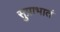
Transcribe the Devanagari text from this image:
सुप्राभातं